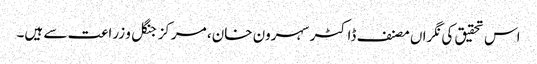
اس تحقیق کی نگراں مصنف ڈاکٹر سہرون خان، مرکز جنگل و زراعت سے ہیں۔